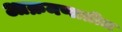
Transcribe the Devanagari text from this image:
आक्रमणातील